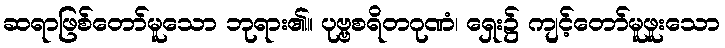
ဆရာဖြစ်တော်မူသော ဘုရား၏။ ပုဗ္ဗစရိတဂုဏံ၊ ရှေး၌ ကျင့်တော်မူဖူးသော